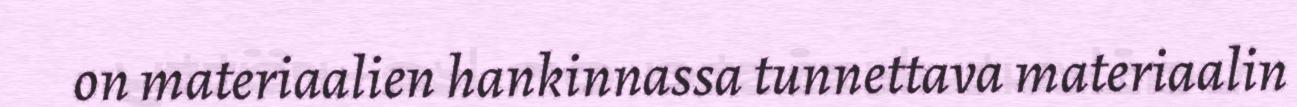
on materiaalien hankinnassa tunnettava materiaalin